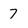
Character: 7